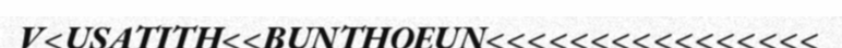
V<USATITH<<BUNTHOEUN<<<<<<<<<<<<<<<<